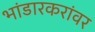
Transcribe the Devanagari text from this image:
भांडारकरांवर